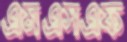
এমএসএফ